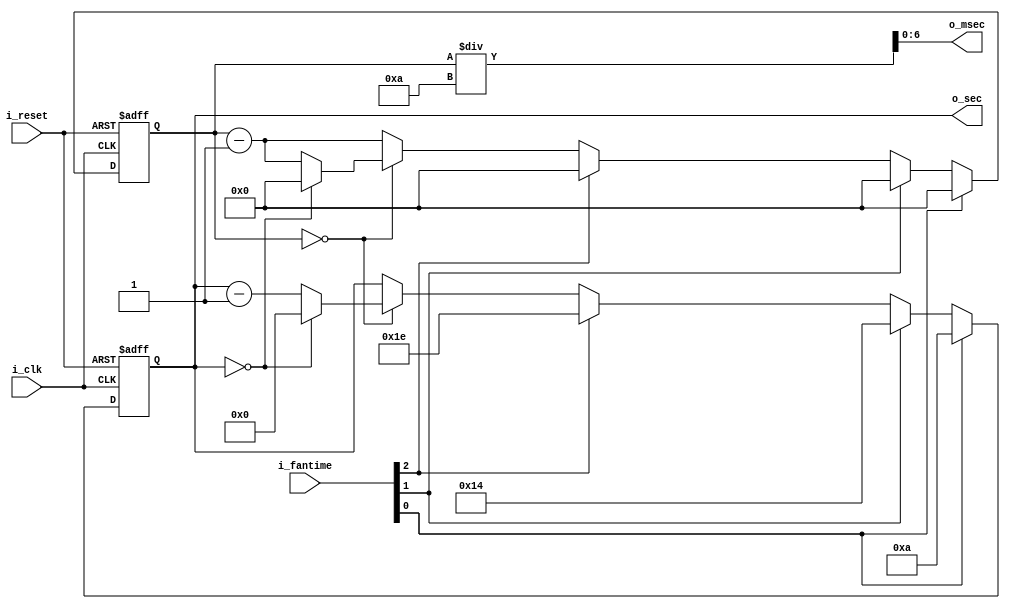
module Time_clock_counter(
    input i_clk,
    input i_reset,
    input[2:0] i_fantime ,
    output[6:0] o_sec, 
    output[6:0] o_msec
    );

    reg[6:0] r_sec  = 0;
    reg[9:0] r_msec = 0;
    
    assign o_sec  = r_sec;
    assign o_msec = r_msec / 10;

    always @(posedge i_clk or posedge i_reset) begin
        if(i_reset) begin
           r_msec <= 0;
            r_sec <= 0;
            
        end

        else begin
            if(i_fantime[0]) begin
                r_msec <= 0000;
                r_sec <= 10;
               
            end

            else if(i_fantime[1]) begin
                
                r_msec <= 0000;
                r_sec <= 20;
            end

            else if(i_fantime[2]) begin
               r_msec <= 0000;
               r_sec <= 30;
                
            end

            else begin
                r_msec <= r_msec - 1;
                if(r_msec == 0) begin
                    r_sec <= r_sec - 1;
                    if(r_sec == 0)begin 
                    r_sec <= 0;
                    r_msec <=0;
                    end
                end
            end
        end 
    end
endmodule